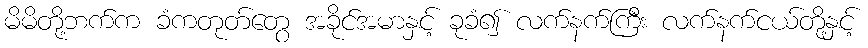
မိမိတို့ဘက်က ခံကတုတ်တွေ အခိုင်အမာနှင့် ခုခံ၍ လက်နက်ကြီး လက်နက်ငယ်တို့နှင့်